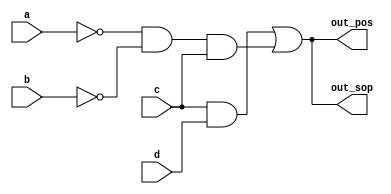
/*A single-output digital system with four inputs (a,b,c,d) generates a logic-1 when 2, 7, or 15 appears on the inputs,
 and a logic-0 when 0, 1, 4, 5, 6, 9, 10, 13, or 14 appears.
  The input conditions for the numbers 3, 8, 11, and 12 never occur in this system. For example, 7 corresponds to a,b,c,d being set to 0,1,1,1, respectively.

Determine the output out_sop in minimum SOP form, and the output out_pos in minimum POS form.*/
module top_module (
    input a,
    input b,
    input c,
    input d,
    output out_sop,
    output out_pos
); 
    assign out_sop= (c&d)|(~a&~b&c);
    assign out_pos=~(~((c&d)|(~a&~b&c)));
endmodule